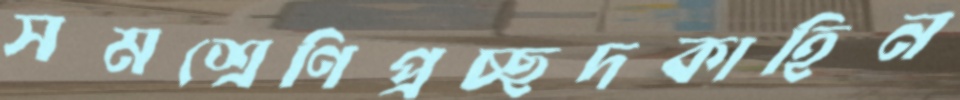
সমশ্রেণিপ্রচ্ছদকাহিন